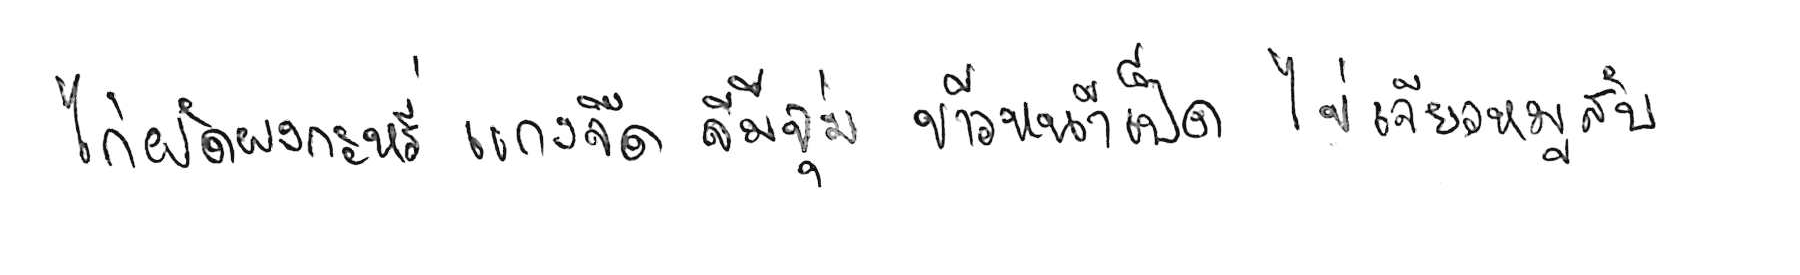
ไก่ผัดผงกะหรี่ แกงจืด จิ้มจุ่ม ข้าวหน้าเป็ด ไข่เจียวหมูสับ